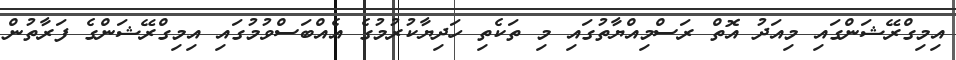
އިމިގްރޭޝަންގައި މިއަދު އޮތް ރަސްމިއްޔާތުގައި މި ތަކެތި ހަދިޔާކުރުމުގެ އެއްބަސްވުމުގައި އިމިގްރޭޝަންގެ ފަރާތުން